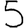
Digit: 5